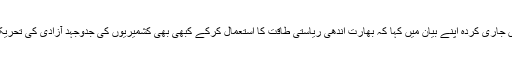
انہوں نے سری نگر میں جاری کردہ اپنے بیان میں کہا کہ بھارت اندھی ریاستی طاقت کا استعمال کرکے کبھی بھی کشمیریوں کی جدوجہد آزادی کی تحریک کو دبا نہیں سکے گا۔